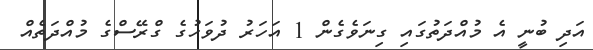
އަދި ބުނީ އެ މުއްދަތުގައި ގިނަވެގެން 1 އަހަރު ދުވަހުގެ ގްރޭސްގެ މުއްދަތެއް